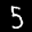
Label: 5